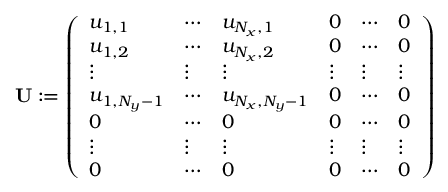
\mathbf { U } : = \left( \begin{array} { l l l l l l } { u _ { 1 , 1 } } & { \cdots } & { u _ { N _ { x } , 1 } } & { 0 } & { \cdots } & { 0 } \\ { u _ { 1 , 2 } } & { \cdots } & { u _ { N _ { x } , 2 } } & { 0 } & { \cdots } & { 0 } \\ { \vdots } & { \vdots } & { \vdots } & { \vdots } & { \vdots } & { \vdots } \\ { u _ { 1 , N _ { y } - 1 } } & { \cdots } & { u _ { N _ { x } , N _ { y } - 1 } } & { 0 } & { \cdots } & { 0 } \\ { 0 } & { \cdots } & { 0 } & { 0 } & { \cdots } & { 0 } \\ { \vdots } & { \vdots } & { \vdots } & { \vdots } & { \vdots } & { \vdots } \\ { 0 } & { \cdots } & { 0 } & { 0 } & { \cdots } & { 0 } \end{array} \right)